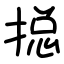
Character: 搃